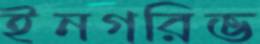
ইনগরিভ